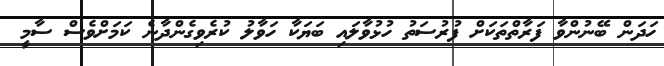
ހަދަން ބޭނުންވާ ފަރާތްތަކަށް ފުރުސަތު ހުޅުވާލައި ބަޔަކާ ހަވާލު ކުރެވިގެންދާނެ ކަމަށްވެސް ސާމީ